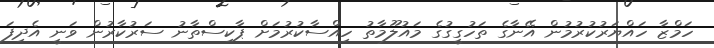
ހަމްޒާ ހައްޔަރުކުރުމުން އޭނާގެ ތަހުގީގުގެ މައުލޫމާތު ހިއްސާކުރުމަށް ޕާކިސްތާނު ސަރުކާރުން ވަނީ އެދިފަ